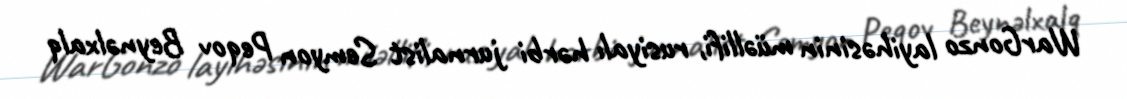
WarGonzo layihəsinin müəllifi, rusiyalı hərbi jurnalist Semyon Peqov Beynəlxalq